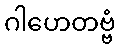
ဂါဟေတဗ္ဗံ